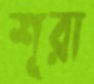
শূরা